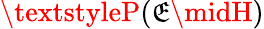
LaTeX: \textstyleP(\mathfrak{E}\midH)